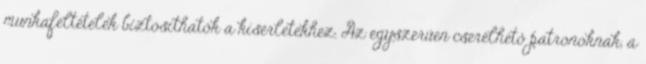
munkafeltételek biztosíthatók a kísérletekhez. Az egyszerűen cserélhető patronoknak, a